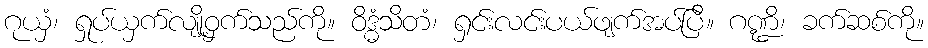
ဂုယှံ၊ ရှုပ်ယှက်လျို့ဝှက်သည်ကို။ ဝိဒ္ဓံသိတံ၊ ရှင်းလင်းပယ်ဖျက်အပ်ပြီ။ ဂဏ္ဍိ၊ ခက်ဆစ်ကို။